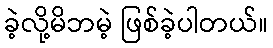
ခဲ့လို့မိဘမဲ့ ဖြစ်ခဲ့ပါတယ်။